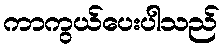
ကာကွယ်ပေးပါသည်